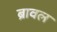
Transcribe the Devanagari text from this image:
ब्रावल